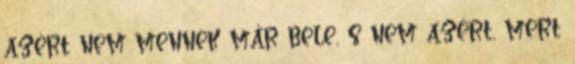
azért nem mennek már bele, s nem azért, mert